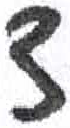
אות: ד